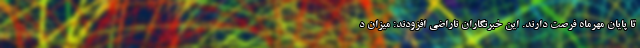
تا پایان مهرماه فرصت دارند. این خبرنگاران ناراضی افزودند: میزان د